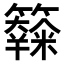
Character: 𥽧